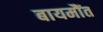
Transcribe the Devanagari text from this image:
बायमौंत